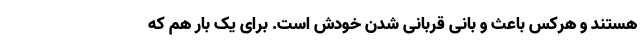
هستند و هرکس باعث و بانیِ قربانی شدنِ خودش است. برای یک بار هم که